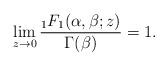
LaTeX: \begin{align*}\lim_{z\rightarrow 0}\frac{{}_{1}F_1(\alpha,\beta;z)}{\Gamma(\beta)}=1.\end{align*}